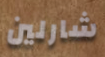
شارلين